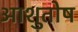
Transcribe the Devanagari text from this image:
अाशुतोष